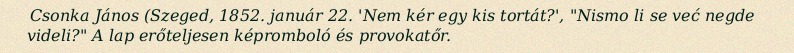
Csonka János (Szeged, 1852. január 22. 'Nem kér egy kis tortát?', "Nismo li se već negde videli?" A lap erőteljesen képromboló és provokatőr.